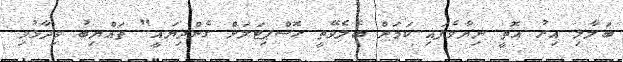
ބަލާލި އިރު އޮތީ ނިޔާވެފައި ކަމަށް ބެލެވޭތީ ހޮސްޕިޓަލަށް ގެންދިޔައީ" ތައްޔިބު ވިދާޅުވި